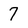
Character: 7